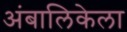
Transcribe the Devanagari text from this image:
अंबालिकेला